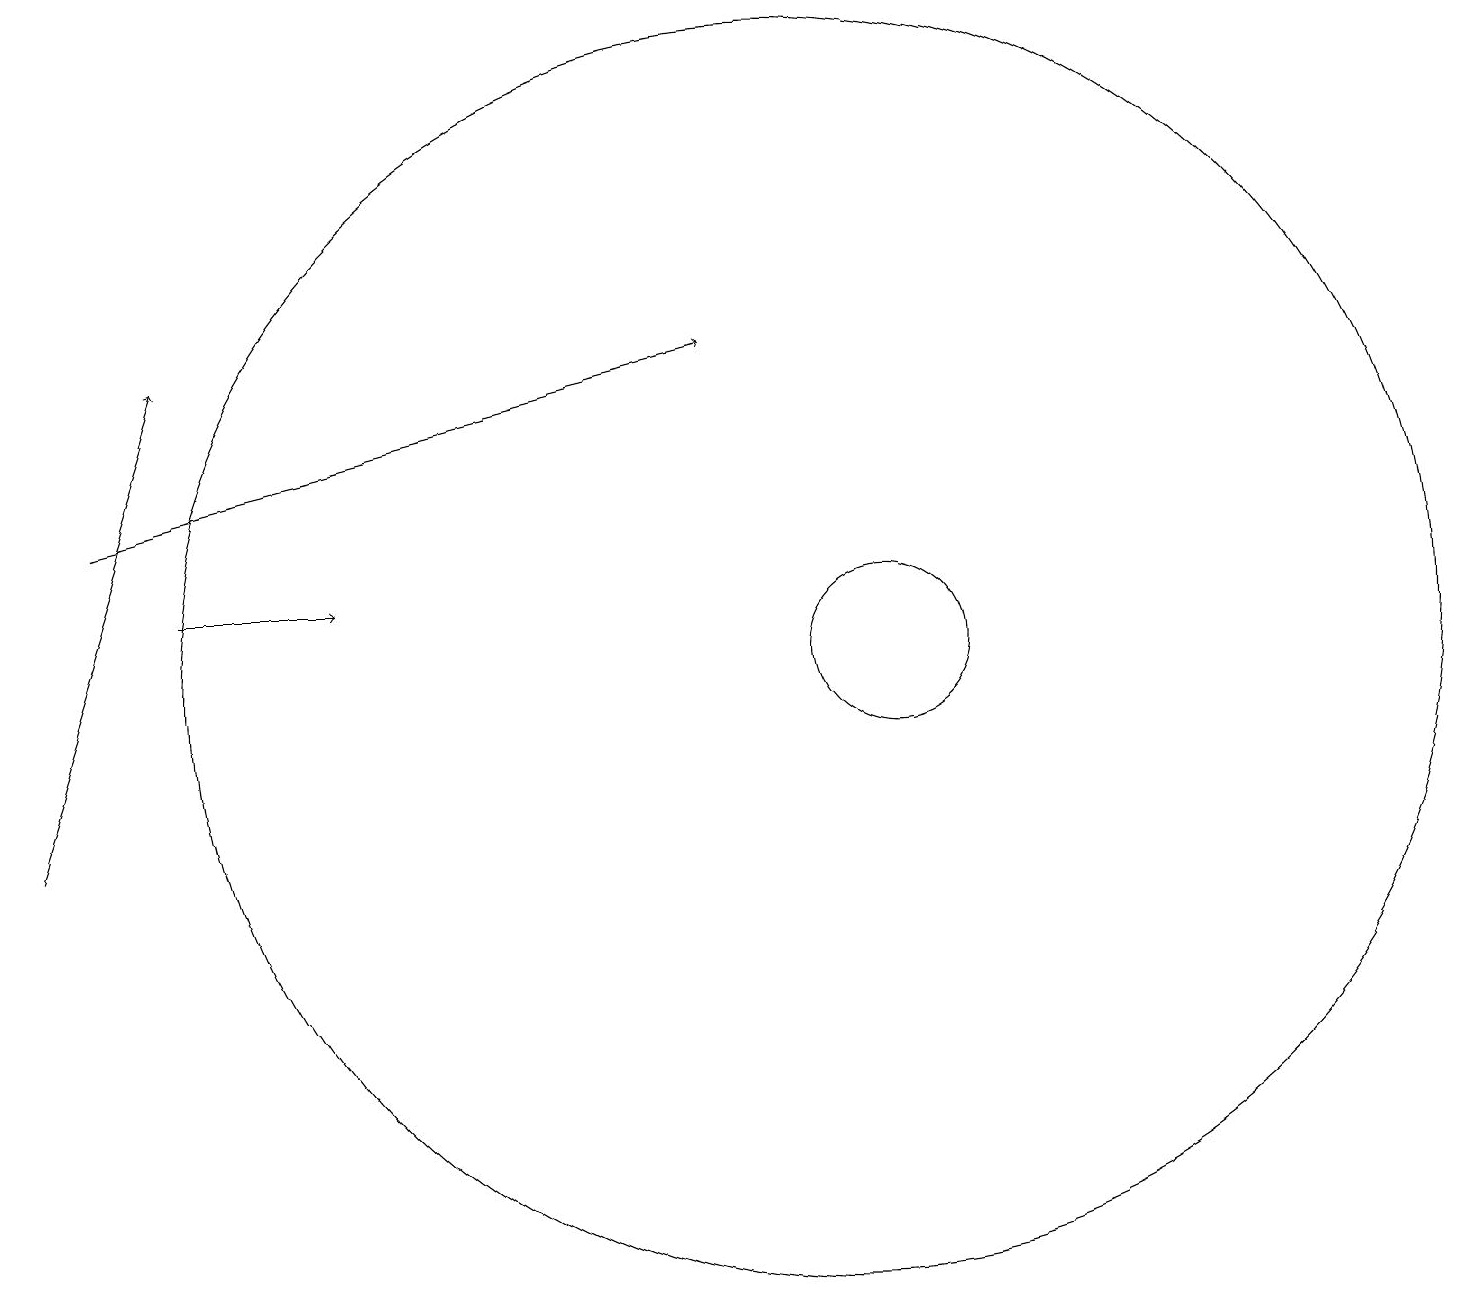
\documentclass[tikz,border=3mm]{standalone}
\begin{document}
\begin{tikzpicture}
\draw[->] (2,13) -- (4,13);
\draw (10,11) circle (0);
\draw (10,12) circle (8);
\draw[->] (1,14) -- (9,16);
\draw[->] (0,10) -- (2,16);
\draw (11,12) circle (1);
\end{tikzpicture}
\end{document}